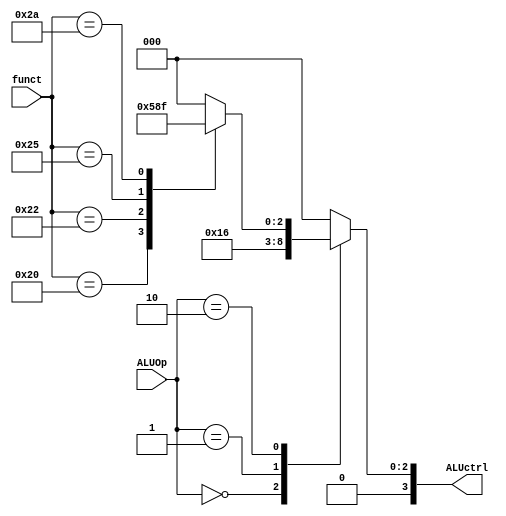
module ALU_Control(
    input [1:0] ALUOp,
    input [5:0] funct,
    output reg [3:0] ALUctrl
);

always @(*) begin
case(ALUOp)
2'b00: ALUctrl = 4'b0010;
2'b01: ALUctrl = 4'b0110;
2'b10: 
case(funct)
6'b100000: ALUctrl = 4'b0010; //add
6'b100010: ALUctrl = 4'b0110; //subtract
6'b100100: ALUctrl = 4'b0000; //AND
6'b100101: ALUctrl = 4'b0001; //OR
6'b101010: ALUctrl = 4'b0111; //slt
default : ALUctrl = 4'b0000;
endcase
default : ALUctrl = 4'b0000;
endcase
end
endmodule